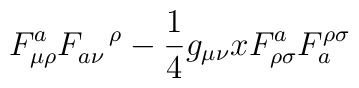
F^a_{\mu\rho}F_{a\nu}^{\;\;\;\;\rho} - {1\over4}g_{\mu\nu}xF^a_{\rho\sigma} F_a^{\rho\sigma}